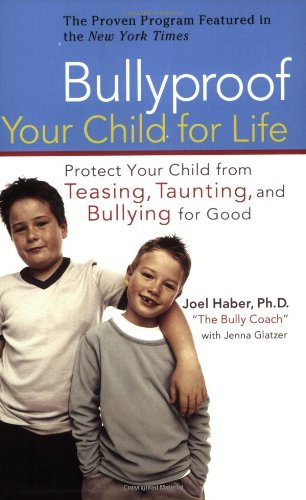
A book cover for Bullyproof Your Child for Life: Protect Your Child from Teasing, Taunting, and Bullying forGood; Joel Haber; Parenting & Relationships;